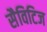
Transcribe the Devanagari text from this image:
सैविटिज